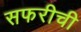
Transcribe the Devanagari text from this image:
सफरीची